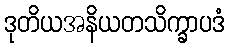
ဒုတိယအနိယတသိက္ခာပဒံ